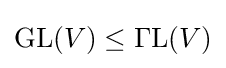
\operatorname {GL} (V)\leq \operatorname {\Gamma L} (V)